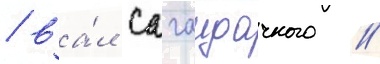
/ ва́л сагаидачного //